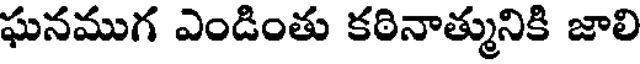
ఘనముగ ఎండింతు కఠినాత్మునికి జాలి